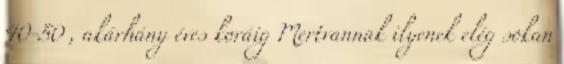
40-50 , akárhány éves koráig Mertvannak ilyenek elég sokan